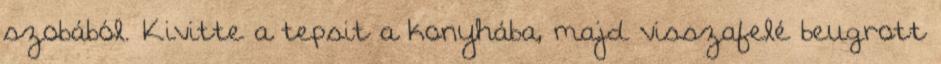
szobából. Kivitte a tepsit a konyhába, majd visszafelé beugrott